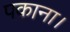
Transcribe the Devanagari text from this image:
पकाना।